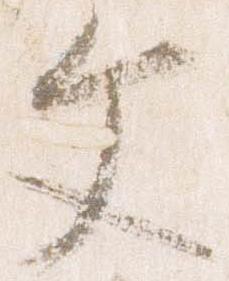
文